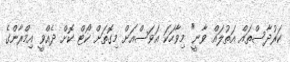
ކަރުދާސްތައް އަތުލައް ވާނީ" މިވާހަކަ އަވަސްއަށް މިގޮތަށް ކޯޓް ކޮށް ދެއްވީ އިމްރާންގެ